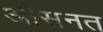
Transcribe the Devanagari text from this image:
औसनत